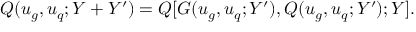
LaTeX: Q ( u _ { g } , u _ { q } ; Y + Y ^ { \prime } ) = Q [ G ( u _ { g } , u _ { q } ; Y ^ { \prime } ) , Q ( u _ { g } , u _ { q } ; Y ^ { \prime } ) ; Y ] .